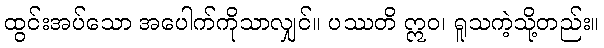
ထွင်းအပ်သော အပေါက်ကိုသာလျှင်။ ပဿတိ ဣဝ၊ ရူသကဲ့သို့တည်း။